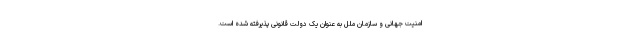
امنیت جهانی و سازمان ملل به عنوان یک دولت قانونی پذیرفته شده است.